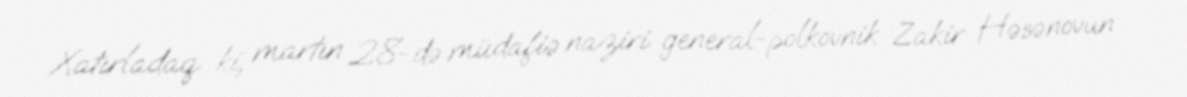
Xatırladaq ki, martın 28-də müdafiə naziri general-polkovnik Zakir Həsənovun